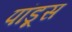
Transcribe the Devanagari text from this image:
पांडूस